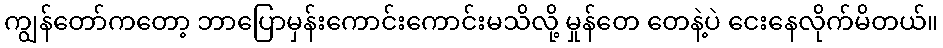
ကျွန်တော်ကတော့ ဘာပြောမှန်းကောင်းကောင်းမသိလို့ မှုန်တေ တေနဲ့ပဲ ငေးနေလိုက်မိတယ်။